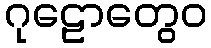
ဂုဠောတွေဝ